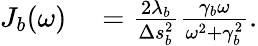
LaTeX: \begin{array}{rl}{J_{b}(\omega)}&{{}=\frac{2\lambda_{b}}{\Delta s_{b}^{2}}\frac{\gamma_{b}\omega}{\omega^{2}+\gamma_{b}^{2}}.}\end{array}